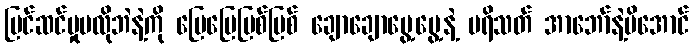
ပြင်ဆင်မှုမလိုဘဲနဲ့ကို ပြေပြေပြစ်ပြစ် ချောချောမွေ့မွေ့နဲ့ ပရိသတ် အာဘော်နဲ့မိအောင်